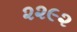
૨૨૯૨